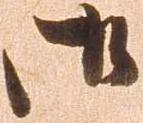
御